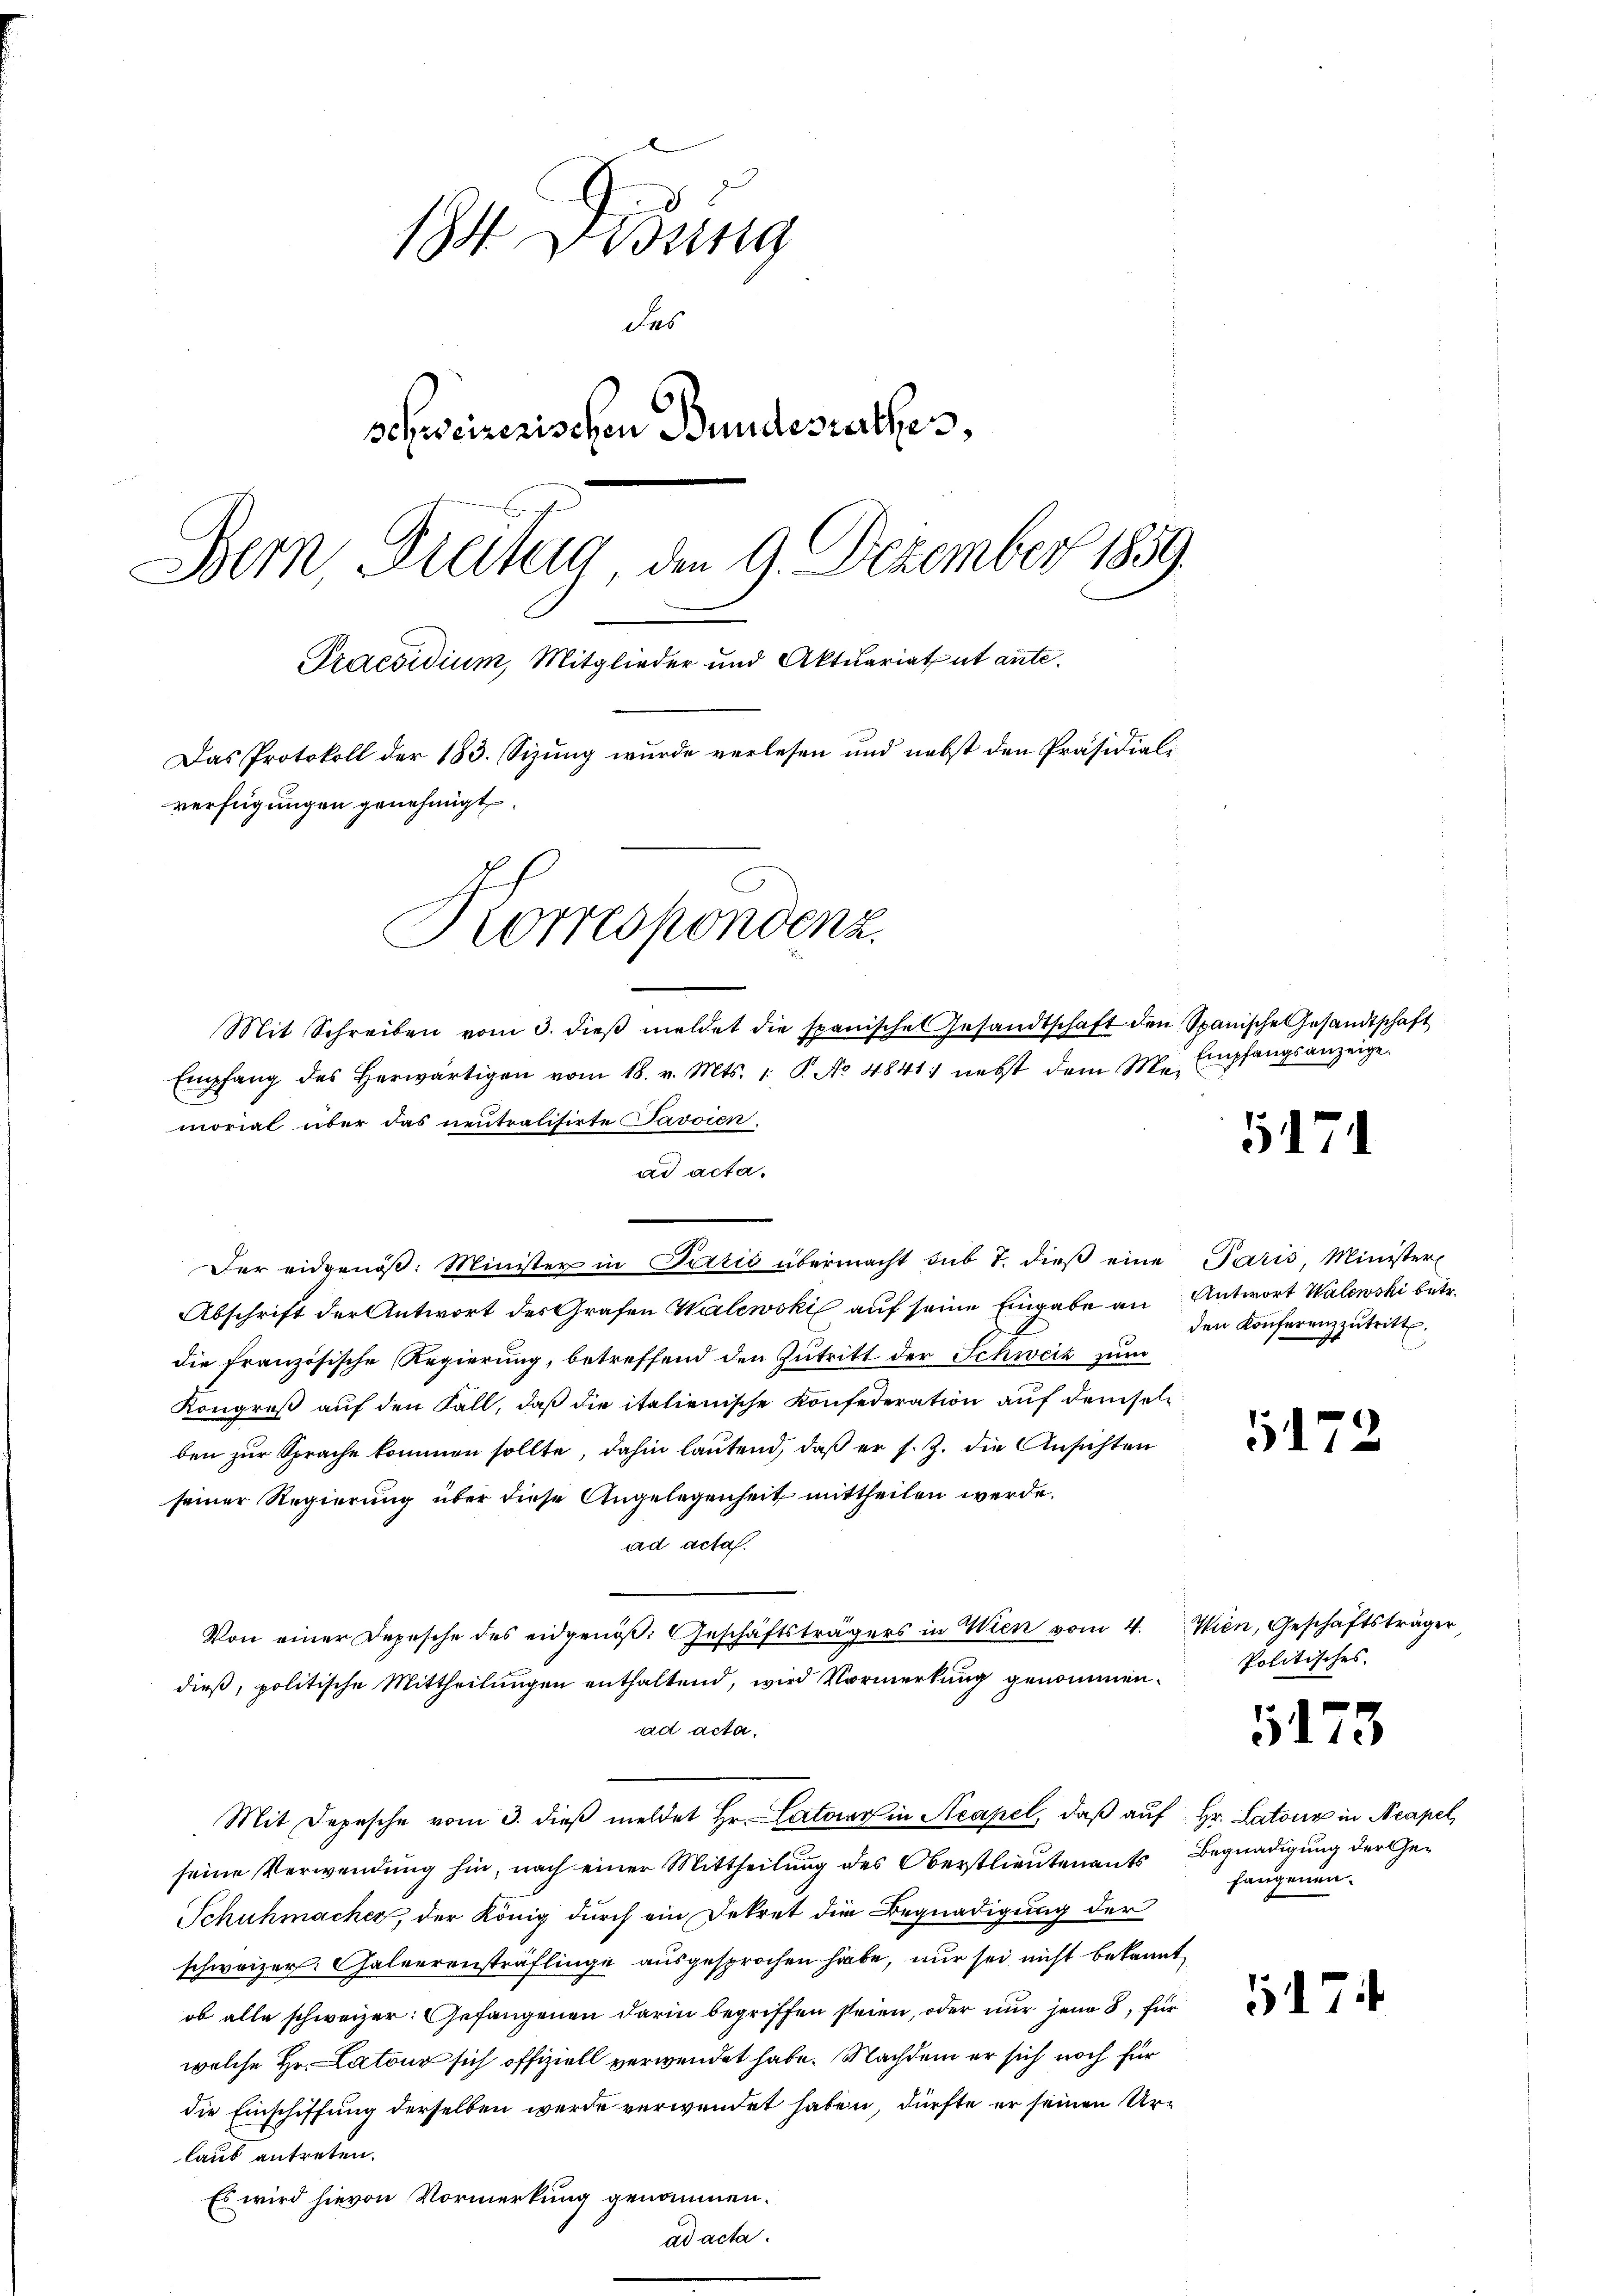
184. Disung
des
schweizerischen Bundesrathes,
Bern, Breitig, den 9. Dezember 1859.
Praesidium, Mitglieder und Aktuariatut ante.
Das Protokoll der 183. Sizung wurde verlesen und nebst den Präsidial-
verfügungen genehmigt.
Korrespondenz.
Mit Schreiben vom 3. dieβ meldet die spanische Gesandtschaft den Spanische Gesandtschaft

Der eidgenöβ: Minister in Parzić übermacht sub 7. dieβ eine Paris, Minister
Abschrift der Antwort des Grafen Walewski auf seine Eingabe an Antwort Walewski betr.
die französische Regierung, betreffend den Zutritt der Schweiz zum
Kongreβ aŭf den Fall, daβ die italienische Konfederation auf demselben zur Sprache kommen sollte, dahin lautend, daß er s. Z. die Ansichten
seiner Regierung über diese Angelegenheit mittheilen werde.
ad acta.
Von einer Depesche des eidgenöβ: Geschäftsträgers in Wien vom 4. Wien, Geschäftsträger,
dieß, politische Mittheilungen enthaltend, wird Vormerkung genommen.
ad acta.
Mit Depesche vom 3. dieβ meldet Hr. Catoir in Neapel, daß auf Hr. Latone in Neapel
seine Verwendung hin, nach einer Mittheilung des Oberstlieutenants Begnadigung der Ge¬
Schuhmacher, der König durch ein Dekret die Begnadigung der
schweizer. Galeerensträflinge ausgesprochen habe, nur sei nicht bekannt,
ob alle schweizer: Gefangenen darin begriffen seien, oder nur jene 8, für
welche Hr. Latour sich offiziell verwendet habe. Nachdem er sich noch für
die Einschiffung derselben werde verwendet haben, dürfte er seinen Urlaub antreten.
Es wird hievon Vormerkung genommen.
ad acta.

morial über das neutralisirte Javoien.

ad acta.

Empfang des herwärtigen vom 18. v. Mts. 1. P. No 4841. nebst dem M. Empfangsanzeige

den Konferenzzutritt.

Politisches

fangenen.

517.

17

173

5174